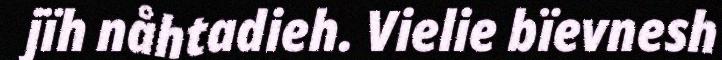
jïh nåhtadieh. Vielie bïevnesh